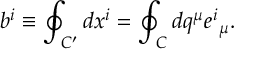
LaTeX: b ^ { i } \equiv \oint _ { C ^ { \prime } } d x ^ { i } = \oint _ { C } d q ^ { \mu } e ^ { i } { } _ { \mu } .